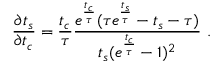
\frac { \partial t _ { s } } { \partial t _ { c } } = \frac { t _ { c } } { \tau } \frac { e ^ { \frac { t _ { c } } { \tau } } ( \tau e ^ { \frac { t _ { s } } { \tau } } - t _ { s } - \tau ) } { t _ { s } ( e ^ { \frac { t _ { c } } { \tau } } - 1 ) ^ { 2 } } ~ .